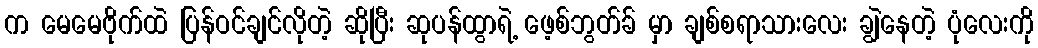
က မေမေဗိုက်ထဲ ပြန်ဝင်ချင်လိုတဲ့ ဆိုပြီး ဆုပန်ထွာရဲ့ ဖေ့စ်ဘွတ်ခ် မှာ ချစ်စရာသားလေး ချွဲနေတဲ့ ပုံလေးကို